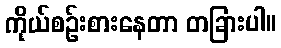
ကိုယ်စဉ်းစားနေတာ တခြားပါ။